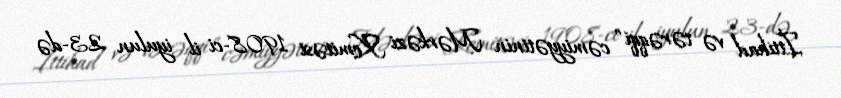
İttihad və tərəqqi" cəmiyyətinin Mərkəzi Komitəsi 1908-ci il iyulun 23-də